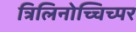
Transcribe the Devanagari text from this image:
त्रिलिनोच्चिच्पर